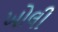
ખોલી